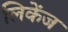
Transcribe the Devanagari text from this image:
लिकेंज